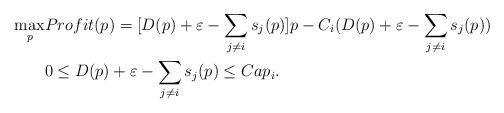
LaTeX: \begin{align*}\max_{p}& Profit(p)=[D(p)+\varepsilon-\sum_{j\ne i}s_{j}(p)]p-C_{i}(D(p)+\varepsilon-\sum_{j\ne i}s_{j}(p))\\& 0\le D(p)+\varepsilon-\sum_{j\ne i}s_{j}(p)\le Cap_{i}.\end{align*}